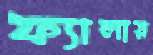
ফ্যালায়